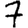
Digit: 7